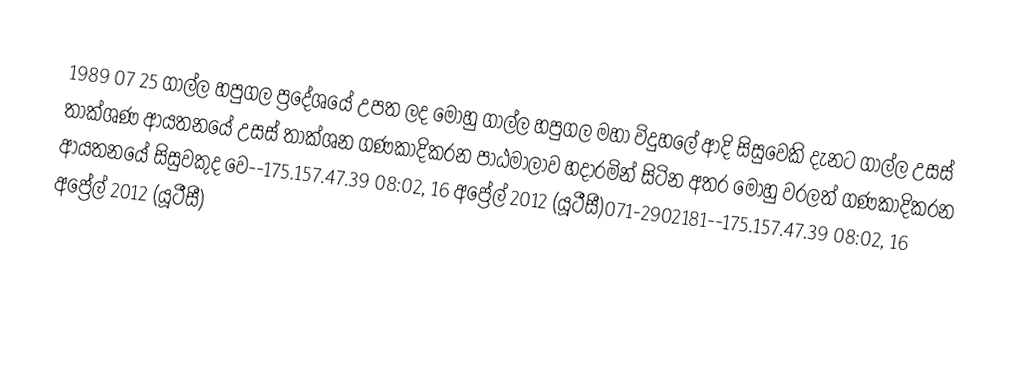
1989 07 25 ගාල්ල හපුගල ප්‍රදේශයේ උපත ලද මොහු ගාල්ල හපුගල මහා විදුහලේ ආදි සිසුවෙකි දැනට ගාල්ල උසස් තාක්ශණ ආයතනයේ උසස් තාක්ශන ගණකාදිකරන පාඨමාලාව හදාරමින් සිටින අතර මොහු වරලත් ගණකාදිකරන ආයතනයේ සිසුවකුද වෙ--175.157.47.39 08:02, 16 අප්‍රේල් 2012 (යූටීසී)071-2902181--175.157.47.39 08:02, 16 අප්‍රේල් 2012 (යූටීසී)